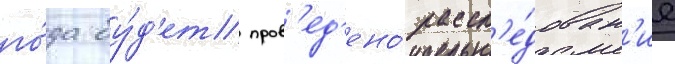
го́да бу́д'ет пров'ед'ено́ рассл'е́дован'ие